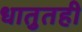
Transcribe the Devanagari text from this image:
धातुतही